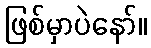
ဖြစ်မှာပဲနော်။